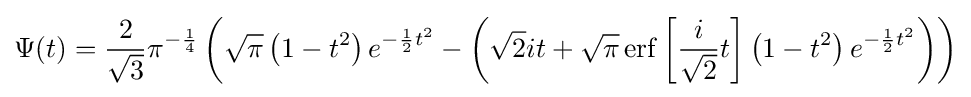
\Psi (t)={\frac {2}{\sqrt {3}}}\pi ^{-{\frac {1}{4}}}\left({\sqrt {\pi }}\left(1-t^{2}\right)e^{-{\frac {1}{2}}t^{2}}-\left({\sqrt {2}}it+{\sqrt {\pi }}\operatorname {erf} \left[{\frac {i}{\sqrt {2}}}t\right]\left(1-t^{2}\right)e^{-{\frac {1}{2}}t^{2}}\right)\right)